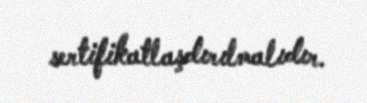
sertifikatlaşdırılmalıdır.